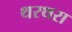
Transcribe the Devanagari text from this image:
थरथरा